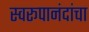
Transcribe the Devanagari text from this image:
स्वरूपानंदांचा